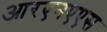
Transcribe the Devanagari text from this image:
आरएनएएस